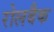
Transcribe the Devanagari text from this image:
रोलबैक